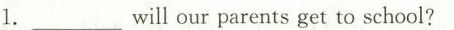
1. ___will our parents get to school?